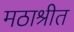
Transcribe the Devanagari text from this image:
मठाश्रीत